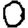
Digit: 0